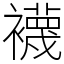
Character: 襪